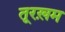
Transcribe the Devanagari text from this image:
तूरख़म